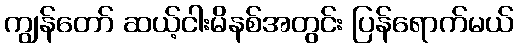
ကျွန်တော် ဆယ့်ငါးမိနစ်အတွင်း ပြန်ရောက်မယ်